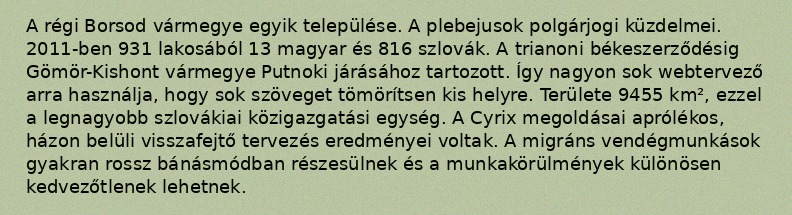
A régi Borsod vármegye egyik települése. A plebejusok polgárjogi küzdelmei. 2011-ben 931 lakosából 13 magyar és 816 szlovák. A trianoni békeszerződésig Gömör-Kishont vármegye Putnoki járásához tartozott. Így nagyon sok webtervező arra használja, hogy sok szöveget tömörítsen kis helyre. Területe 9455 km², ezzel a legnagyobb szlovákiai közigazgatási egység. A Cyrix megoldásai aprólékos, házon belüli visszafejtő tervezés eredményei voltak. A migráns vendégmunkások gyakran rossz bánásmódban részesülnek és a munkakörülmények különösen kedvezőtlenek lehetnek.